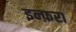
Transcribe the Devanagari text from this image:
इन्फ़रा